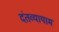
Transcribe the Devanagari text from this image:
दंतव्यायाम